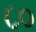
૮૦